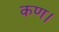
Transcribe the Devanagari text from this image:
कण।